Vaccination United Provinces of Agra and Oudh 1923-1928 - 1923-1928
Year: 1923
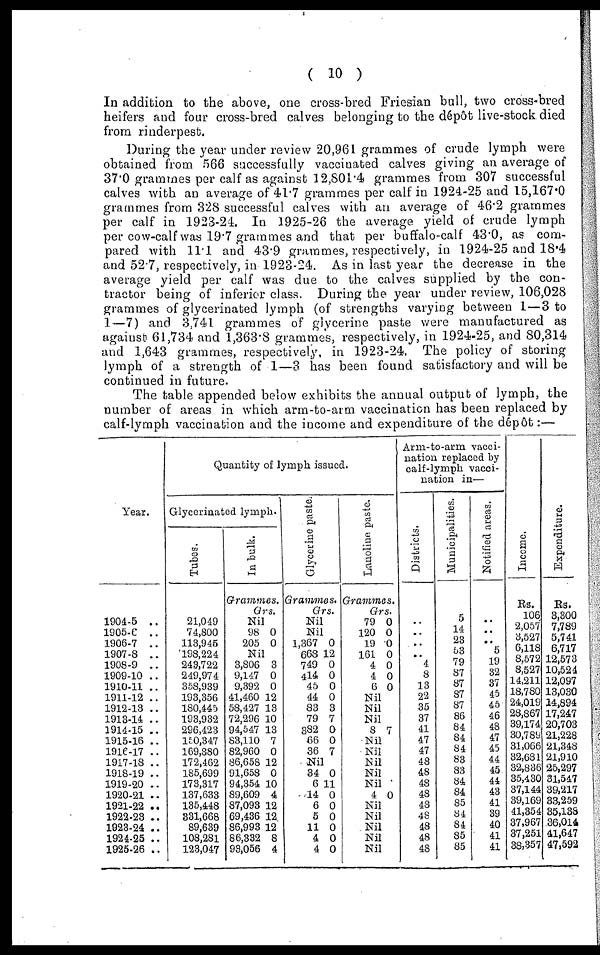
( 10 )
In addition to the above, one cross-bred Friesian bull, two cross-bred
heifers and four cross-bred calves belonging to the dépôt live-stock died
from rinderpest.
During the year under review 20,961 grammes of crude lymph were
obtained from 566 successfully vaccinated calves giving an average of
37.0 grammes per calf as against 12,801.4 grammes from 307 successful
calves with an average of 41.7 grammes per calf in 1924-25 and 15,167.0
grammes from 328 successful calves with an average of 46.2 grammes
per calf in 1923-24. In 1925-26 the average yield of crude lymph
per cow-calf was 19.7 grammes and that per buffalo-calf 43.0, as com-
pared with 11.1 and 43.9 grammes, respectively, in 1924-25 and 18.4
and 52.7, respectively, in 1923-24. As in last year the decrease in the
average yield per calf was due to the calves supplied by the con-
tractor being of inferier class. During the year under review, 106,028
grammes of glycerinated lymph (of strengths varying between 1 — 3 to
1—7) and 3,741 grammes of glycerine paste were manufactured as
against 61,734 and 1,363.8 grammes, respectively, in 1924-25, and 80,314
and 1,643 grammes, respectively, in 1923-24. The policy of storing
lymph of a strength of 1—3 has been found satisfactory and will be
continued in future.
The table appended below exhibits the annual output of lymph, the
number of areas in which arm-to-arm vaccination has been replaced by
calf-lymph vaccination and the income and expenditure of the dépôt:—
Year.
1904-5 ..
1905-6 ..
1906-7 ..
1907-8 ..
1908-9 ..
1909-10 ..
1910-11 ..
1911-12 ..
1912-13 ..
1913-14 ..
1914-15 ..
1915-16 ..
1916-17 ..
1917-18 ..
1918-19 ..
1919-20 ..
1920-21 ..
1921-22 ..
1922-23 ..
1923-24 ..
1924-25 ..
1925-26 ..
Quantity of lymph issued.
Glycerinated lymph.
Tubes.
21,049
74,800
113,945
198,224
243,722
249,974
358,939
193,356
180,445
193,932
296,423
150,347
169,880
172,462
185,699
173,317
137,633
135,448
331,668
89,639
108,281
123,047
In bulk.
Grammes.
Grs.
Nil
98
205
0
0
Nil
3,806
9,147
9,392
41,460
58,427
72,296
94,547
83,110
82,960
86,658
91,658
94,354
89,609
87,093
69,436
86,993
86,332
93,056
3
0
0
12
13
10
13
7
0
12
0
10
4
12
12
12
8
4
Glycerine paste.
Grammes.
Grs.
Nil
Nil
1,367
668
749
414
45
44
83
79
382
66
36
0
12
0
0
0
0
3
7
0
0
7
Nil
34
6
14
6
5
11
4
4
0
11
0
0
0
0
0
0
Lanoline paste.
Grammes.
Grs.
79
120
19
161
4
4
6
0
0
0
0
0
0
0
Nil
Nil
Nil
8 7
Nil
Nil
Nil
Nil
Nil
4 0
Nil
Nil
Nil
Nil
Nil
Arm-to-arm vacci-
nation replaced by
calf-lymph vacci-
nation in—
Districts.
..
..
..
..
4
8
13
22
35
37
41
47
47
48
48
48
48
43
48
48
48
48
Municipalities.
5
14
23
53
79
87
87
87
87
86
84
84
84
83
83
84
84
85
84
84
85
85
Notified areas.
..
..
..
5
19
32
37
45
45
46
48
47
45
44
45
44
43
41
39
40
41
41
Income.
Rs.
106
2,057
3,527
6,118
8,572
8,527
14,211
18,780
24,019
28,867
39,174
30,789
31,066
32,681
32,836
35,430
37,144
39,169
41,354
37,967
37,251
38,357
Expenditure.
Rs.
3,300
7,789
5,741
6,717
12,573
10,524
12,097
13,030
14,894
17,247
20,703
21,228
21,348
21,910
25,297
31,547
39,217
33,259
35,138
6,014
41,647
47,592